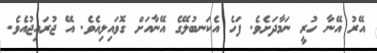
އޭރު އޭނާ ހުރީ ނަމާދަށެވެ. ފަހެ އެކަނބުލޭގެ އޭނާއަށް ގޮވައިލިއެވެ. އޭ ޖުރައިޖުއެވެ.